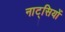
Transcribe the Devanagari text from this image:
नाट्सियों